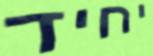
יחיד